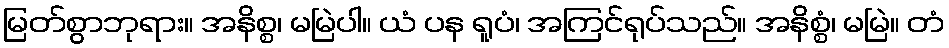
မြတ်စွာဘုရား။ အနိစ္စ၊ မမြဲပါ။ ယံ ပန ရူပံ၊ အကြင်ရုပ်သည်။ အနိစ္စံ၊ မမြဲ။ တံ